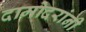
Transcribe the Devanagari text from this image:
दामोदरांनी